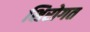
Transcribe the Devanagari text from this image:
शिरोगत